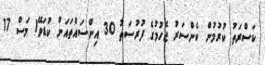
ކަސްރަތު ކުރުމުން ކެންސަރު ޖެހުމުގެ ފުރުސަތު 30 އިންސައްތައަށް ކުޑަވޭ1 މަސް 17